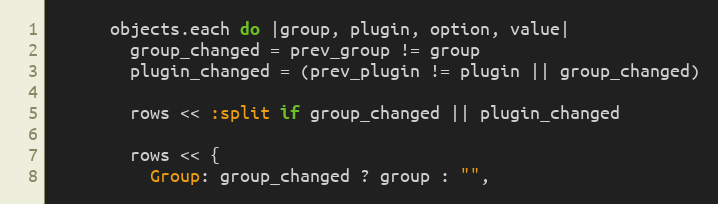
Language: Ruby
      objects.each do |group, plugin, option, value|
        group_changed = prev_group != group
        plugin_changed = (prev_plugin != plugin || group_changed)

        rows << :split if group_changed || plugin_changed

        rows << {
          Group: group_changed ? group : "",